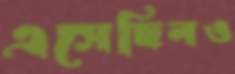
এসেছিলও